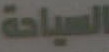
السياحة